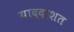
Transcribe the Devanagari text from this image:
याद्दाशत